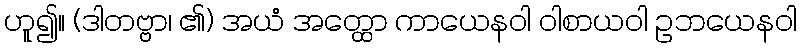
ဟူ၍။ (ဒါတဗ္ဗာ၊ ၏) အယံ အတ္ထော ကာယေနဝါ ဝါစာယဝါ ဥဘယေနဝါ